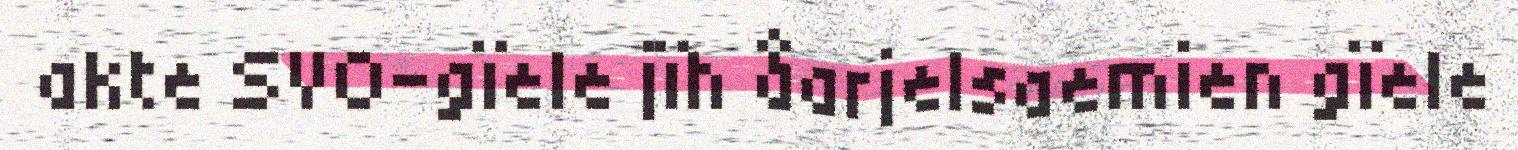
akte SVO-gïele jïh åarjelsaemien gïele